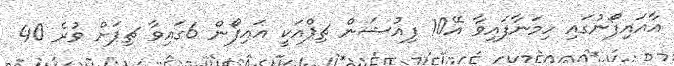
އާއައިފޯނުގައި ހިމަނާފައިވާ އޭ10 ފިއުޝަން ޗިޕްއަކީ އައިފޯން 6ގައިވާ ޗިޕަށް ވުރެ 40